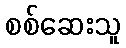
စစ်ဆေးသူ